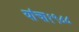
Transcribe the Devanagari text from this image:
यांचा१९८८